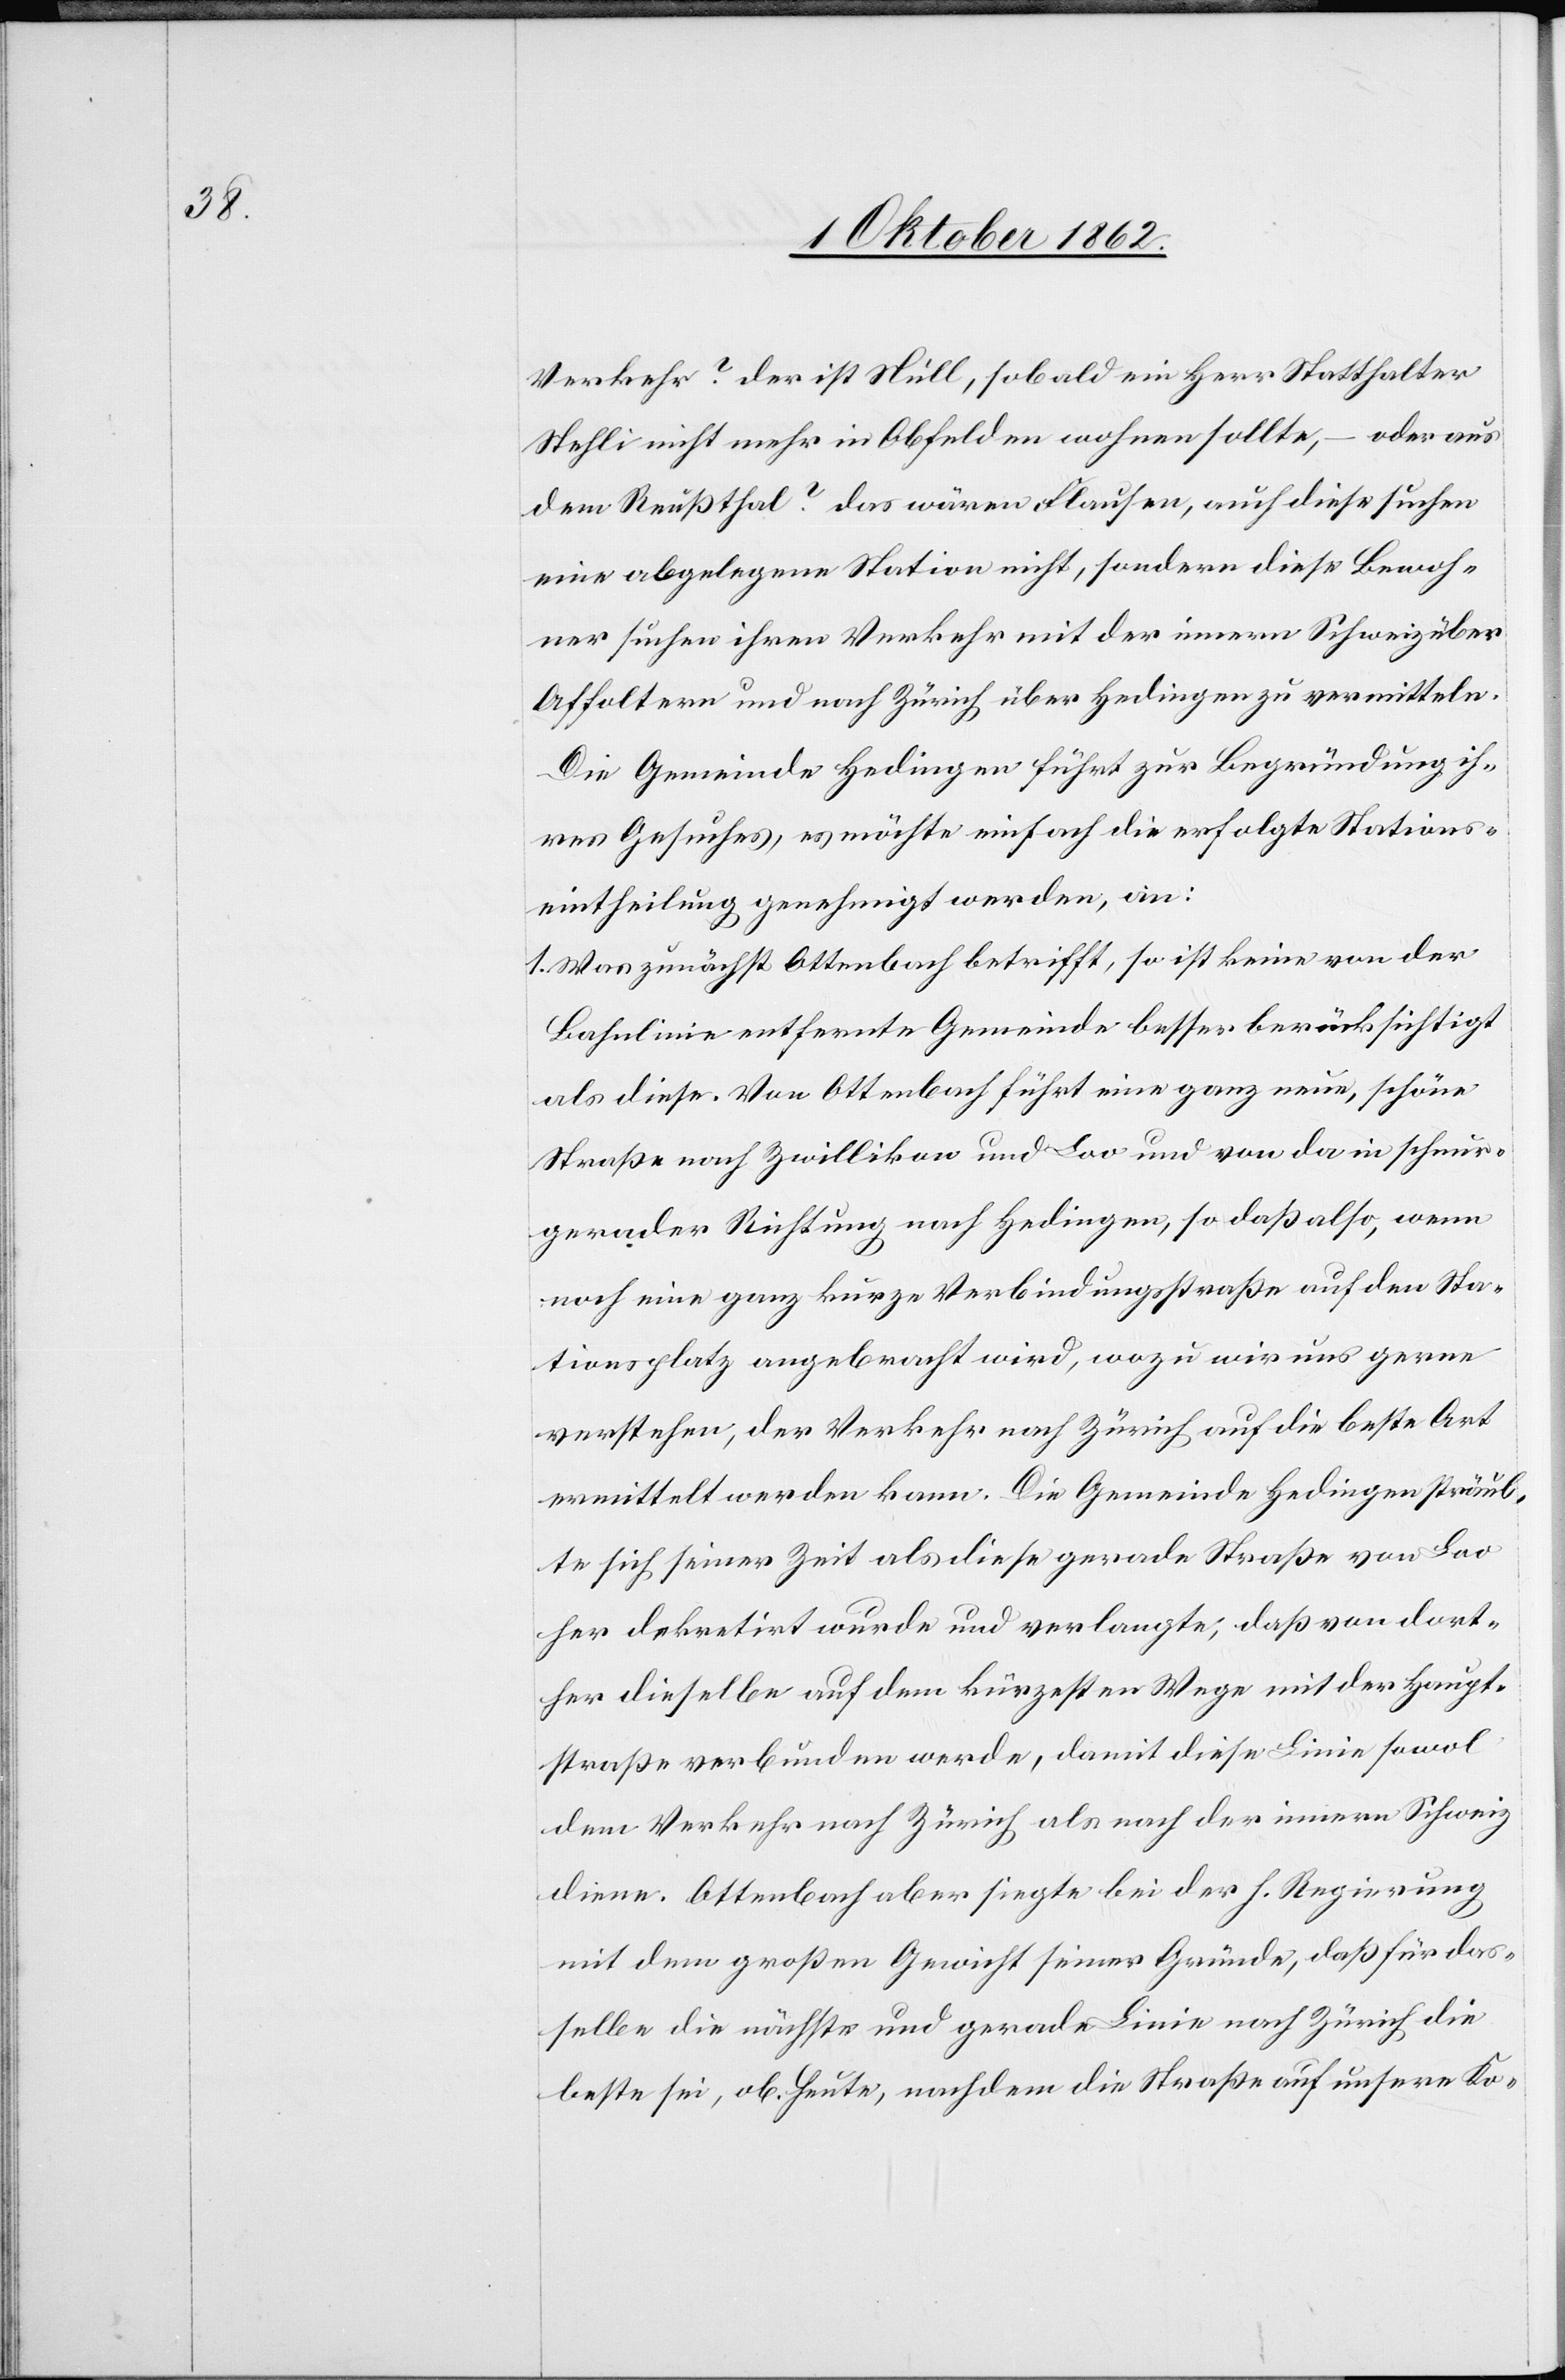
Verkehr? der ist Müll, sobald ein Herr Statthalter
Stehli nicht mehr in Obfelden wohnen sollte, – oder aus
dem Reußthal das wären Flausen, auch diese suchen
eine abgelegene Station nicht, sondern diese Bewoh¬
ner suchen ihren Verkehr mit der innern Schweiz über
Affoltern und nach Zürich über Hedingen zu vermitteln.
Die Gemeinde Hedingen führt zur Begründung ih¬
res Gesuches, es möchte einfach die erfolgte Stations¬
eintheilung genehmigt werden, an:
1. Was zunächst Ottenbach betrifft, so ist keine von der
Bahnlinie entfernte Gemeinde besser berücksichtigt
als diese. Von Ottenbach führt eine ganz neue, schöne
Straße nach Zwillikon und Loo und von da in schnur¬
gerader Richtung nach Hedingen, so daß als, wenn
noch eine ganz kurze Verbindungsstraße auf den Sta¬
tionsplatz angebracht wird, wozu wir uns gerne
verstehen, der Verkehr nach Zürich auf die beste Art
vermittelt werden kann. Die Gemeinde Hedingen sträub¬
te sich seiner Zeit als diese gerade Straße von Loo
her dekretirt wurde und verlangte, daß von dort¬
her dieselbe auf dem kürzesten Wege mit der Haupt¬
straße verbunden werde, damit diese Linie sowol
dem Verkehr nach Zürich als nach der innern Schweiz
diene. Ottenbach aber siegte bei der h. Regierung
mit dem großen Gewicht seiner Gründe, daß für das¬
selbe die nächste und gerade Linie nach Zürich die
beste sei, ob. Heute, nachdem die Straße auf unsere Ko-